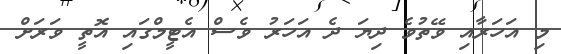
މި އަހަރާއި ވޭތުވެ ދިޔަ ދެ އަހަރު ވެސް އެޓީމްގައި އޮތީ ވަރަށް